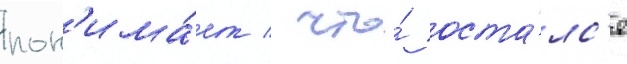
пон'има́ет / что́ оста́лс'я